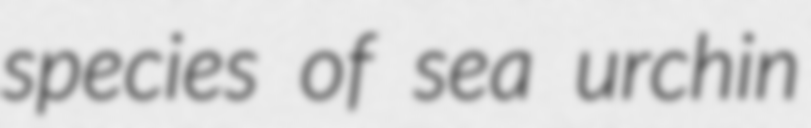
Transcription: species of sea urchin